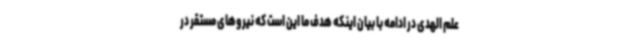
علم الهدی در ادامه با بیان اینکه هدف ما این است که نیروهای مستقر در